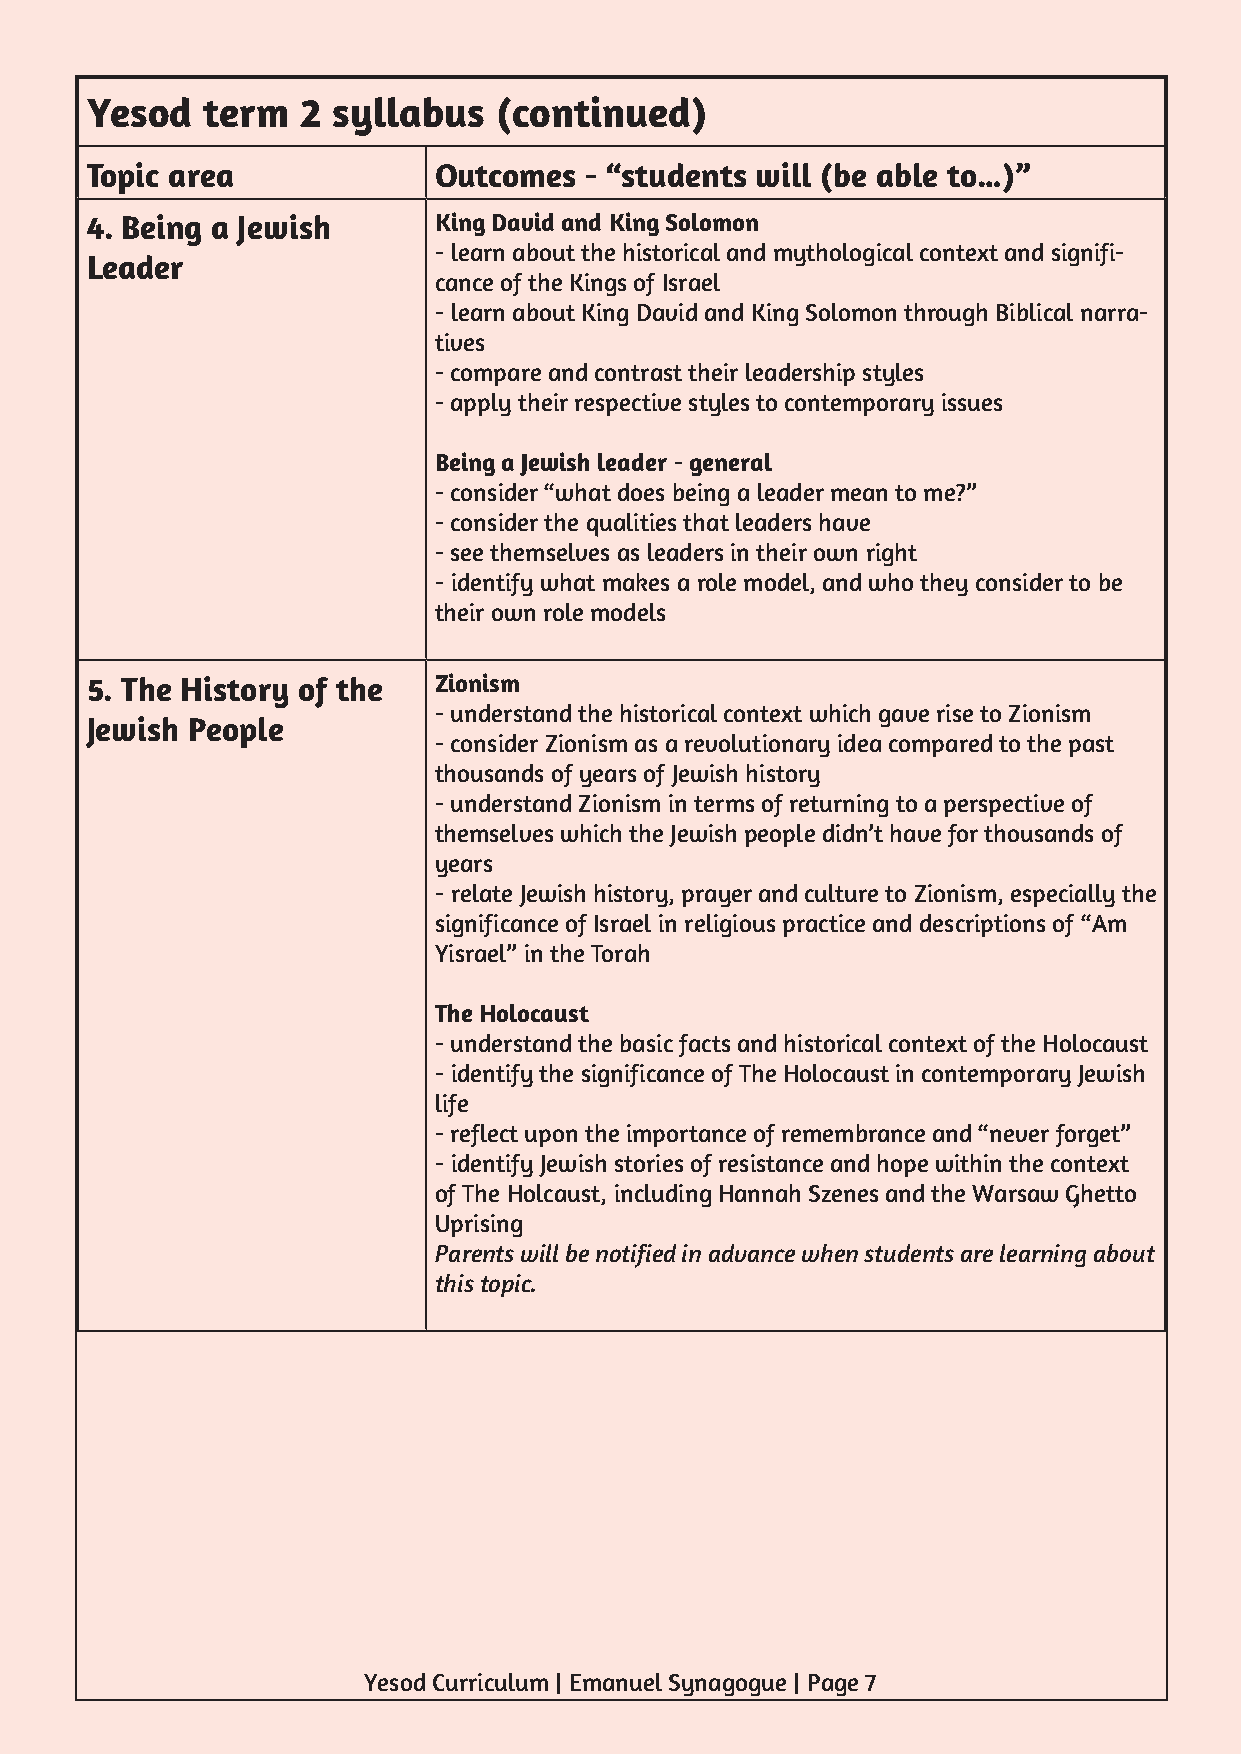
Yesod  term   2 syllabus   (continued)
 Topic area             Outcomes  - “students will (be able to…)”
 4. Being a Jewish      King David and King Solomon
 - learn about the historical and mythological context and signifi-
 Leader
 cance of the Kings of Israel
 - learn about King David and King Solomon through Biblical narra-
 tives
 - compare and contrast their leadership styles
 - apply their respective styles to contemporary issues
 Being a Jewish leader - general
 - consider “what does being a leader mean to me?”
 - consider the qualities that leaders have
 - see themselves as leaders in their own right
 - identify what makes a role model, and who they consider to be
 their own role models
 5. The History of the  Zionism
 - understand the historical context which gave rise to Zionism
 Jewish People
 - consider Zionism as a revolutionary idea compared to the past
 thousands of years of Jewish history
 - understand Zionism in terms of returning to a perspective of
 themselves which the Jewish people didn’t have for thousands of
 years
 - relate Jewish history, prayer and culture to Zionism, especially the
 significance of Israel in religious practice and descriptions of “Am
 Yisrael” in the Torah
 The Holocaust
 - understand the basic facts and historical context of the Holocaust
 - identify the significance of The Holocaust in contemporary Jewish
 life
 - reflect upon the importance of remembrance and “never forget”
 - identify Jewish stories of resistance and hope within the context
 of The Holcaust, including Hannah Szenes and the Warsaw Ghetto
 Uprising
 Parents will be notified in advance when students are learning about
 this topic.
 Yesod Curriculum | Emanuel Synagogue | Page 7